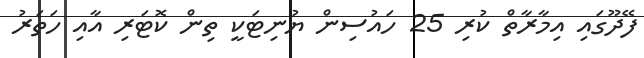
ފޭދޫގައި އިމާރާތް ކުރި 25 ހައުސިން ޔުނިޓަކީ ތިން ކޮޓަރި އާއި ހަތަރު